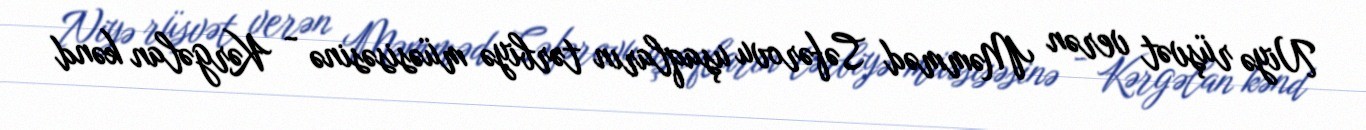
Niyə rüşvət verən Məmməd Səfərovu uşaqların tərbiyə müəsisəsinə - Kərgəlan kənd